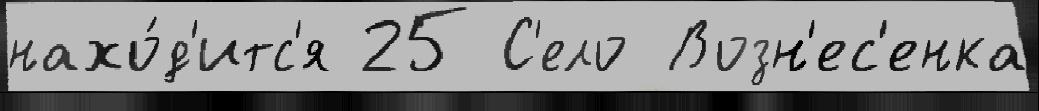
нахо́д'итс'я 25 С'ело Возн'ес'енка